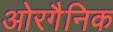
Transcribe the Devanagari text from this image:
ओरगैनिक